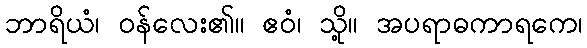
ဘာရိယံ၊ ဝန်လေး၏။ ဧဝံ၊ သို့။ အပရာဓကာရကေ၊